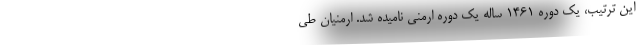
این ترتیب، یک دورهٔ ۱۴۶۱ ساله یک دورهٔ ارمنی نامیده شد. ارمنیان طی